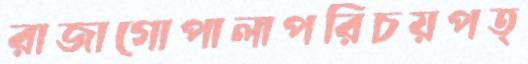
রাজাগোপালাপরিচয়পত্